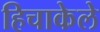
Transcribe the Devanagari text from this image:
हिचाकेले